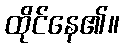
ထိုင်နေ၏။